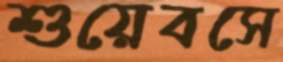
শুয়েবসে